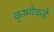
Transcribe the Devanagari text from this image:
कृष्णेकडे